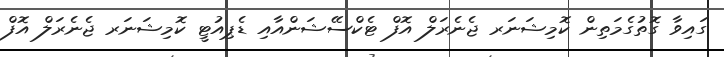
ގައިވާ ގޮތުގެމަތިން ކޮމިޝަނަރ ޖެނެރަލް އޮފް ޓެކްސޭޝަންއާއި ޑެޕިއުޓީ ކޮމިޝަނަރ ޖެނެރަލް އޮފް